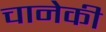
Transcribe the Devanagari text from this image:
चानेकी